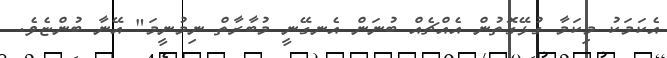
އެކަމަކު މިކަމާ ގުޅޭގޮތުން އެއްޗެއް ބުނަން އެނގޭނީ މުބާރާތް ނިމުނީމަ" އޭނާ ބުންޏެވެ.